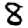
Digit: 8